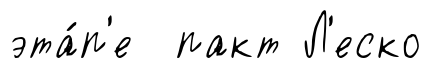
эта́п'е пакт Л'еско